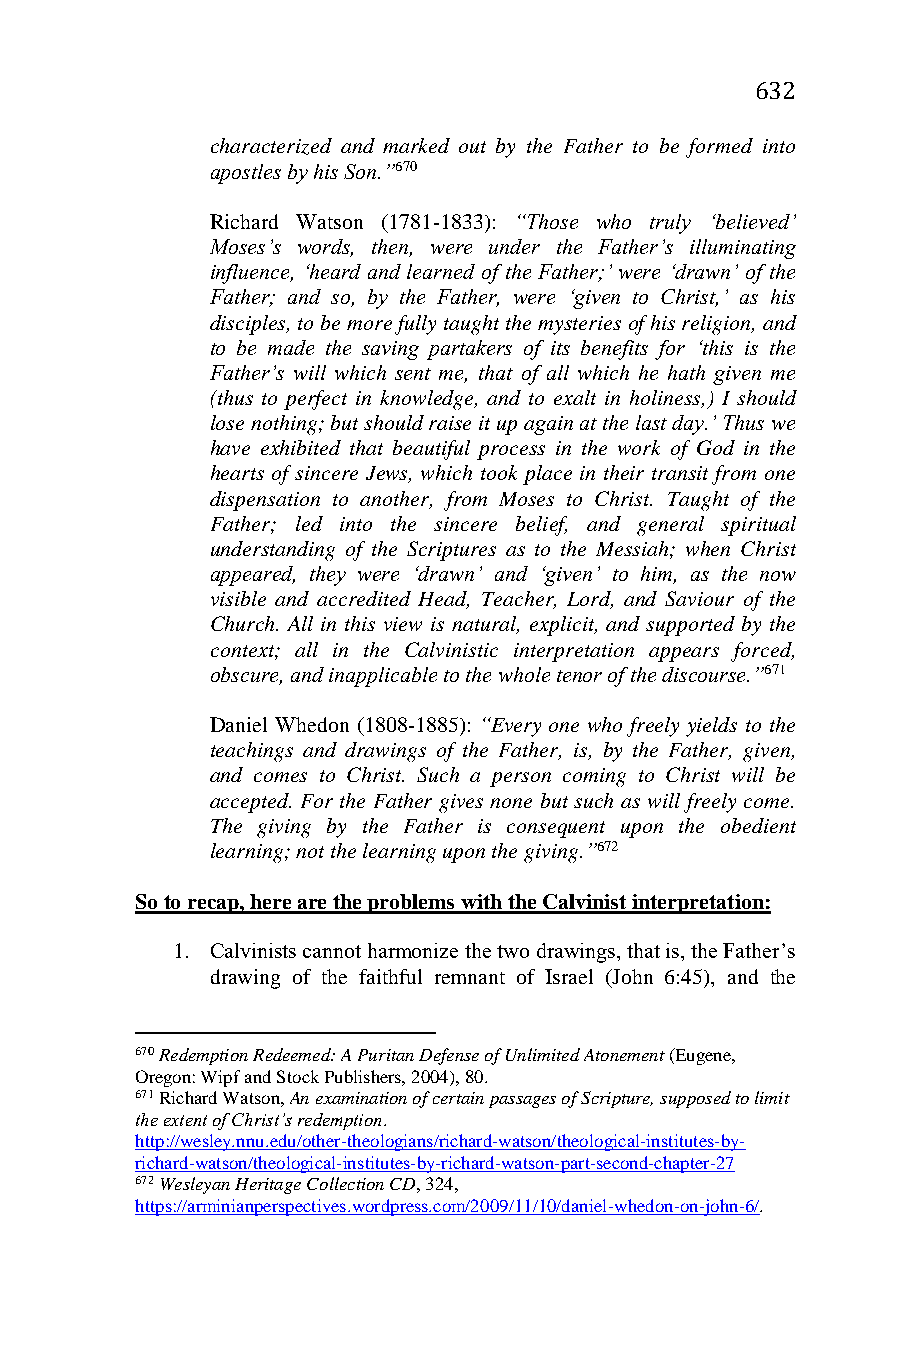
632
 characterized and marked out by the Father to be formed into
 apostles by his Son.”670
 Richard Watson (1781-1833): “Those who truly ‘believed’
 Moses’s words, then, were under the Father’s illuminating
 influence, ‘heard and learned of the Father;’ were ‘drawn’ of the
 Father; and so, by the Father, were ‘given to Christ,’ as his
 disciples, to be more fully taught the mysteries of his religion, and
 to be made the saving partakers of its benefits for ‘this is the
 Father’s will which sent me, that of all which he hath given me
 (thus to perfect in knowledge, and to exalt in holiness,) I should
 lose nothing; but should raise it up again at the last day.’ Thus we
 have exhibited that beautiful process in the work of God in the
 hearts of sincere Jews, which took place in their transit from one
 dispensation to another, from Moses to Christ. Taught of the
 Father; led into the sincere belief, and general spiritual
 understanding of the Scriptures as to the Messiah; when Christ
 appeared, they were ‘drawn’ and ‘given’ to him, as the now
 visible and accredited Head, Teacher, Lord, and Saviour of the
 Church. All in this view is natural, explicit, and supported by the
 context; all in the Calvinistic interpretation appears forced,
 obscure, and inapplicable to the whole tenor of the discourse.”671
 Daniel Whedon (1808-1885): “Every one who freely yields to the
 teachings and drawings of the Father, is, by the Father, given,
 and comes to Christ. Such a person coming to Christ will be
 accepted. For the Father gives none but such as will freely come.
 The giving by the Father is consequent upon the obedient
 learning; not the learning upon the giving.”672
 So to recap, here are the problems with the Calvinist interpretation:
 1. Calvinists cannot harmonize the two drawings, that is, the Father’s
 drawing of the faithful remnant of Israel (John 6:45), and the
 670 Redemption Redeemed: A Puritan Defense of Unlimited Atonement (Eugene,
 Oregon: Wipf and Stock Publishers, 2004), 80.
 671 Richard Watson, An examination of certain passages of Scripture, supposed to limit
 the extent of Christ’s redemption.
 http://wesley.nnu.edu/other-theologians/richard-watson/theological-institutes-by-
 richard-watson/theological-institutes-by-richard-watson-part-second-chapter-27
 672 Wesleyan Heritage Collection CD, 324,
 https://arminianperspectives.wordpress.com/2009/11/10/daniel-whedon-on-john-6/.